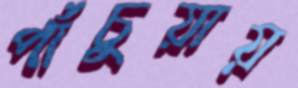
পাঁচুয়ায়